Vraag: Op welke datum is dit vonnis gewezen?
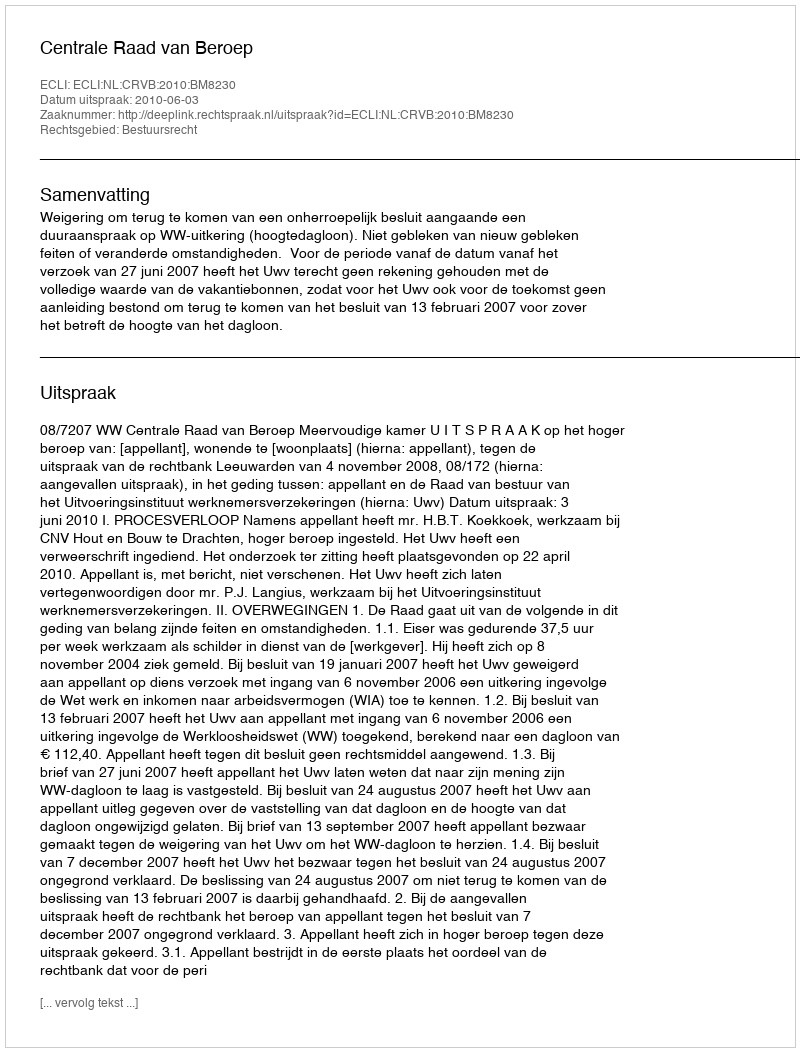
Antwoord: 2010-06-03